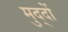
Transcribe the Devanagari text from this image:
मुद्‍दों